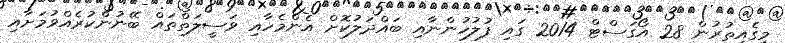
މީގެއިތުރުން 28 އޯގަސްޓް 2014 ގައި ފުލުހުންނާއި ބައްދަލުކޮށް އެންމެހާއި ވަސީލަތްތައް ބޭނުންކުރެއްވުމަށާއި